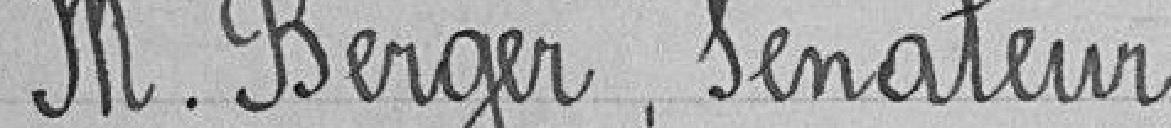
Monsieur Berger, sénateur